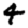
Digit: 4